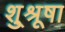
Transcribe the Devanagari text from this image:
शु्श्रूषा